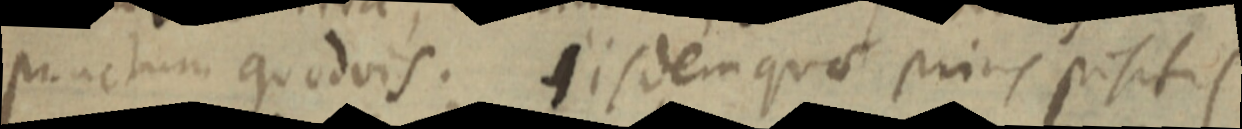
punctum quodvis. iisdem quae prius pisitis